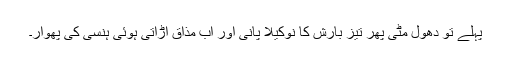
پہلے تو دھول مٹی پھر تیز بارش کا نوکیلا پانی اور اب مذاق اڑاتی ہوئی ہنسی کی پھوار۔